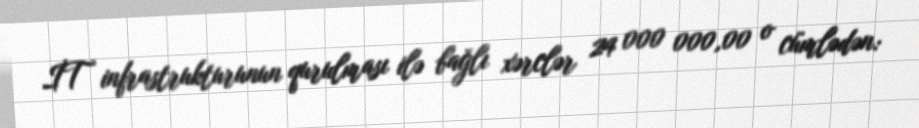
İT infrastrukturunun qurulması ilə bağlı xərclər 24 000 000,00 o cümlədən: